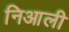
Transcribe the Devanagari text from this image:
निआली